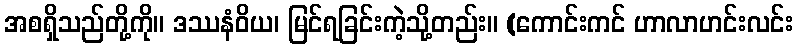
အစရှိသည်တို့ကို။ ဒဿနံဝိယ၊ မြင်ရခြင်းကဲ့သို့တည်း။ (ကောင်းကင် ဟာလာဟင်းလင်း